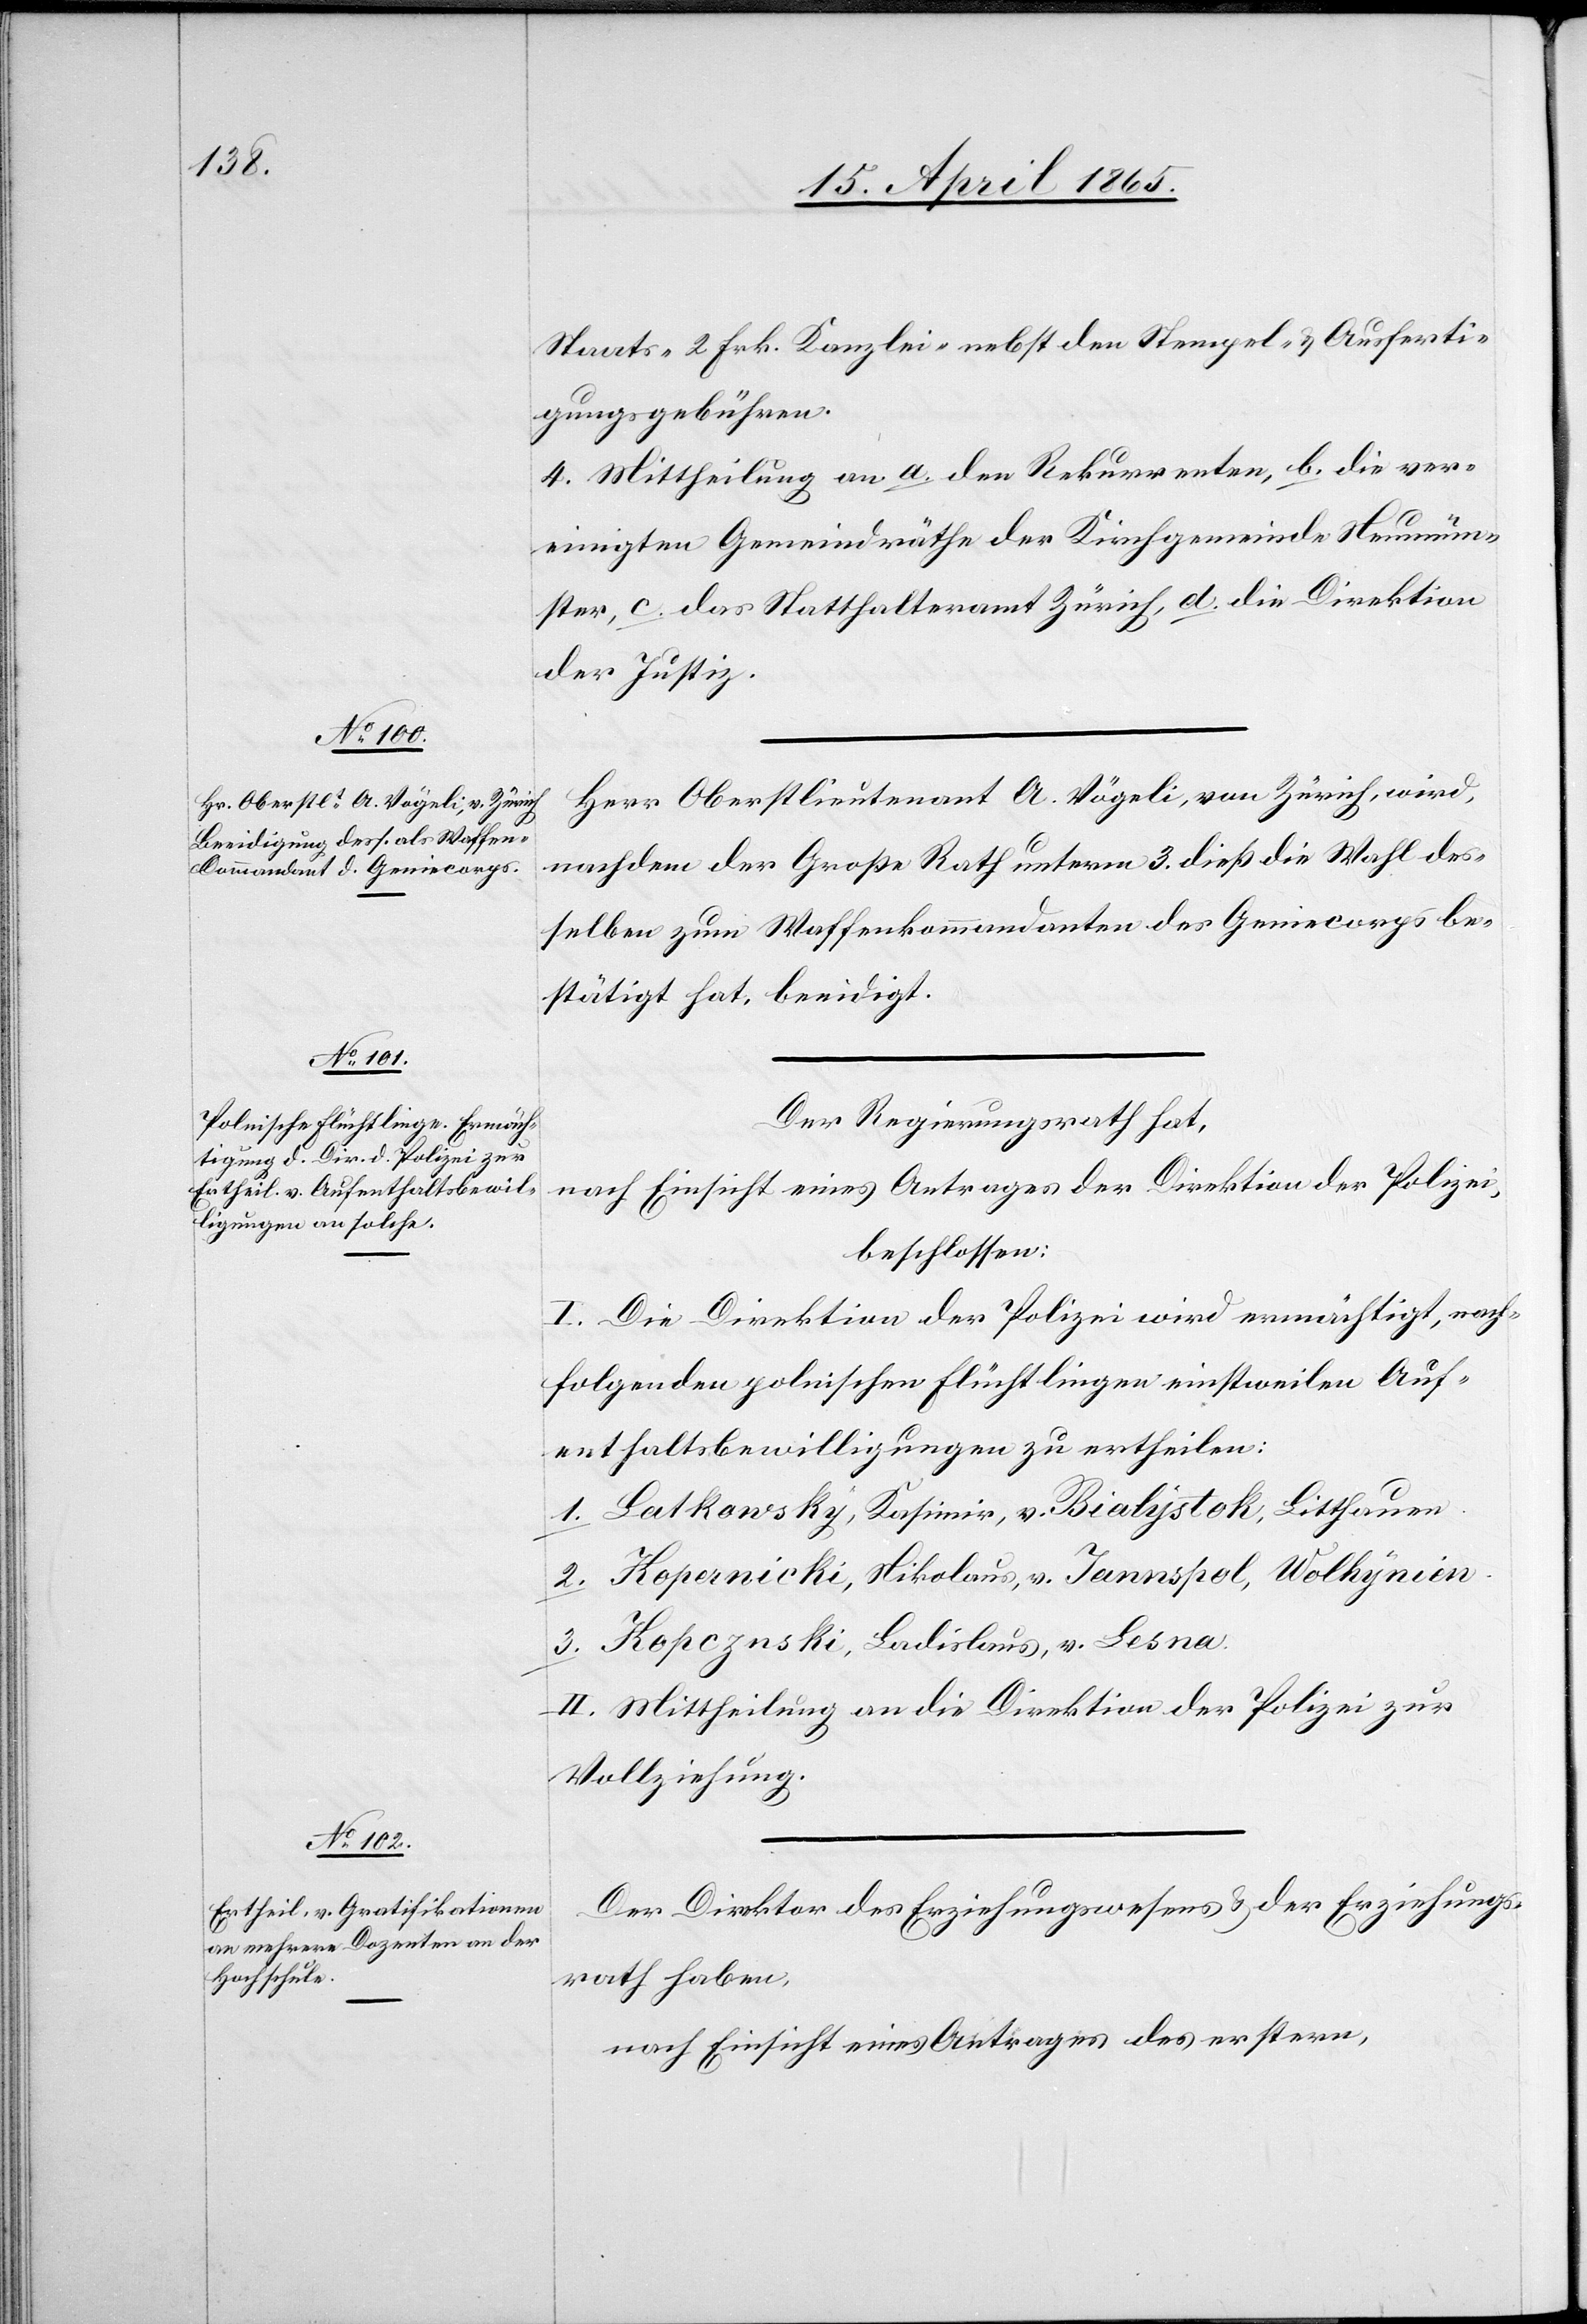
Staats-[,] 2 Frk. Kanzlei- nebst den Stempel- & Ausferti¬
gungsgebühren.
4. Mittheilung an a. den Rekurrenten, b. die ver¬
einigten Gemeindräthe der Kirchgemeinde Neumün¬
ster, c. das Statthalteramt Zürich, d. die Direktion
der Justiz.
Herr Oberstlieutenant A. Vögeli, von Zürich, wird,
nachdem der Große Rath unterm 3. dieß die Wahl des¬
selben zum Waffenkommandanten des Geniecorps be¬
stätigt hat, beeidigt.
Der Regierungsrath hat,
nach Einsicht eines Antrages der Direktion der Polizei,
beschlossen:
I. Die Direktion der Polizei wird ermächtigt, nach¬
folgenden polnischen Flüchtlingen einstweilen Auf¬
enthaltsbewilligungen zu ertheilen:
1. Latkowsky, Kasimir, v. Bialystok, Litthauen.
2. Kopernicki, Nikolaus, v. Jannspol, Wolhynien.
3. Kopcznski, Ladislaus, v. Lesna.
II. Mittheilung an die Direktion der Polizei zur
Vollziehung.
Der Direktor des Erziehungswesens & der Erziehungs¬
rath haben,
nach Einsicht eines Antrages des erstern,